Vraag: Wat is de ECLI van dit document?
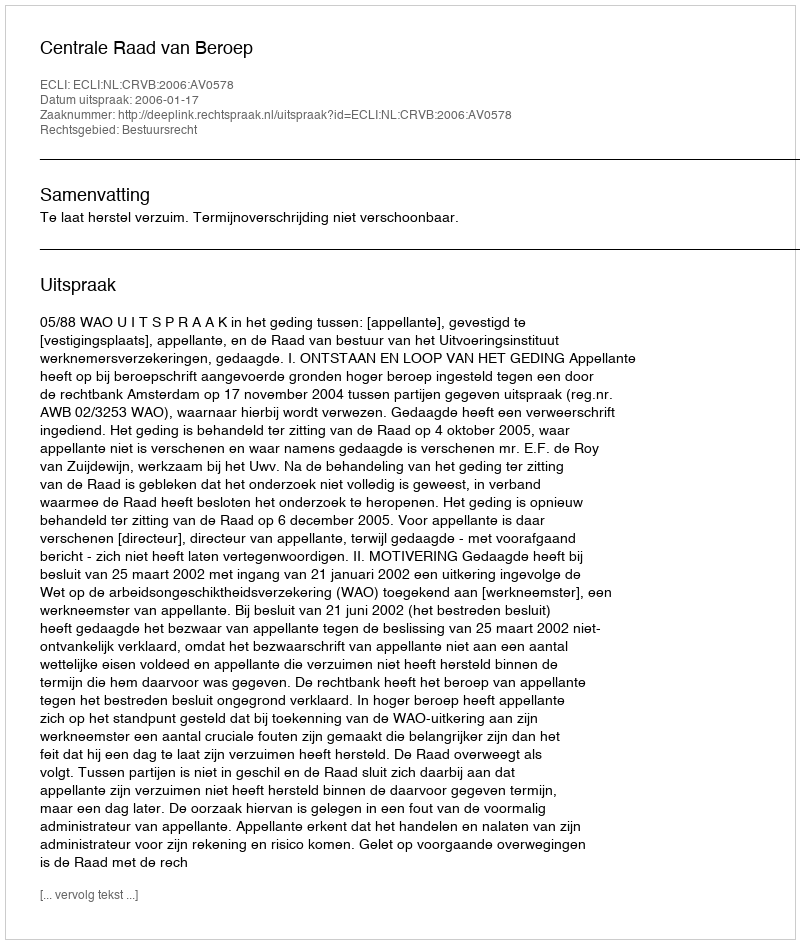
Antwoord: ECLI:NL:CRVB:2006:AV0578